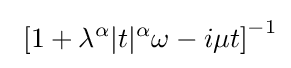
\ \left[1+\lambda ^{\alpha }\vert t\vert ^{\alpha }\omega -i\mu t\right]^{-1}